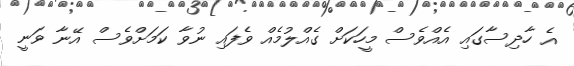
އެ ހާދިސާގައި އެއްވެސް މީހަކަށް ގެއްލުމެއް ވެފައި ނުވާ ކަމަށްވެސް އޭނާ ވަނީ